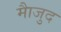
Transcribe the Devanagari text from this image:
माैजुद